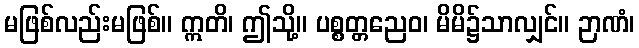
မဖြစ်လည်းမဖြစ်။ ဣတိ၊ ဤသို့။ ပစ္စတ္တညေဝ၊ မိမိ၌သာလျှင်။ ဉာဏံ၊